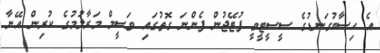
އެ ހިސާބުގަނޑުގެ ސީސީޓީވީ ފުޓޭޖުން ފެންނަ ގޮތުގައި ވަސީމް މަރާލުމުގެ ކުރިން އޭނާ